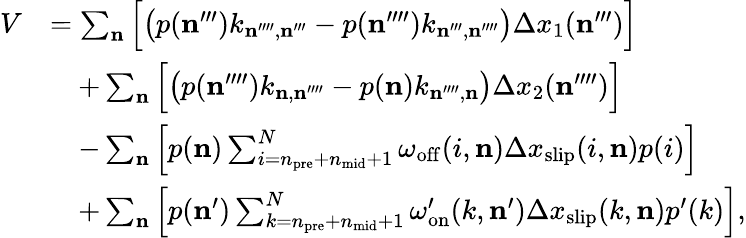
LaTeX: \begin{array}{rl}{V}&{=\sum_{\mathbf{n}}\Big[\big(p(\mathbf{n}^{\prime\prime\prime})k_{\mathbf{n}^{\prime\prime\prime\prime},\mathbf{n}^{\prime\prime\prime}}-p(\mathbf{n}^{\prime\prime\prime\prime})k_{\mathbf{n}^{\prime\prime\prime},\mathbf{n}^{\prime\prime\prime\prime}}\big)\Delta x_{1}(\mathbf{n}^{\prime\prime\prime})\Big]}\\ &{\quad+\sum_{\mathbf{n}}\Big[\big(p(\mathbf{n}^{\prime\prime\prime\prime})k_{\mathbf{n},\mathbf{n}^{\prime\prime\prime\prime}}-p(\mathbf{n})k_{\mathbf{n}^{\prime\prime\prime\prime},\mathbf{n}}\big)\Delta x_{2}(\mathbf{n}^{\prime\prime\prime\prime})\Big]}\\ &{\quad-\sum_{\mathbf{n}}\Big[p(\mathbf{n})\sum_{i=n_{\mathrm{pre}}+n_{\mathrm{mid}}+1}^{N}\omega_{\mathrm{off}}(i,\mathbf{n})\Delta x_{\mathrm{slip}}(i,\mathbf{n})p(i)\Big]}\\ &{\quad+\sum_{\mathbf{n}}\Big[p(\mathbf{n}^{\prime})\sum_{k=n_{\mathrm{pre}}+n_{\mathrm{mid}}+1}^{N}\omega_{\mathrm{on}}^{\prime}(k,\mathbf{n}^{\prime})\Delta x_{\mathrm{slip}}(k,\mathbf{n})p^{\prime}(k)\Big],}\end{array}